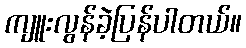
ကျူးလွန်ခဲ့ပြန်ပါတယ်။